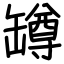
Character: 罇